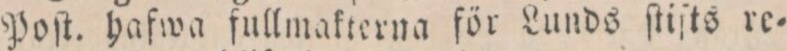
Poſt. hafwa fullmakterna för Lunds ſtiſts re=